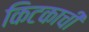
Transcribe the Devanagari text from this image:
किटकाची